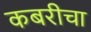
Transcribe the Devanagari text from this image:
कबरीचा